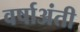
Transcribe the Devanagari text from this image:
वर्षाअंती